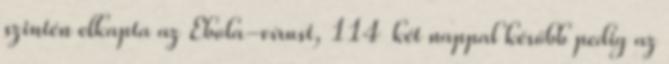
szintén elkapta az Ebola-vírust, 114 két nappal később pedig az